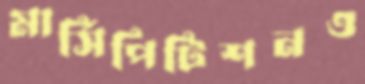
মার্সিপিটিশনও